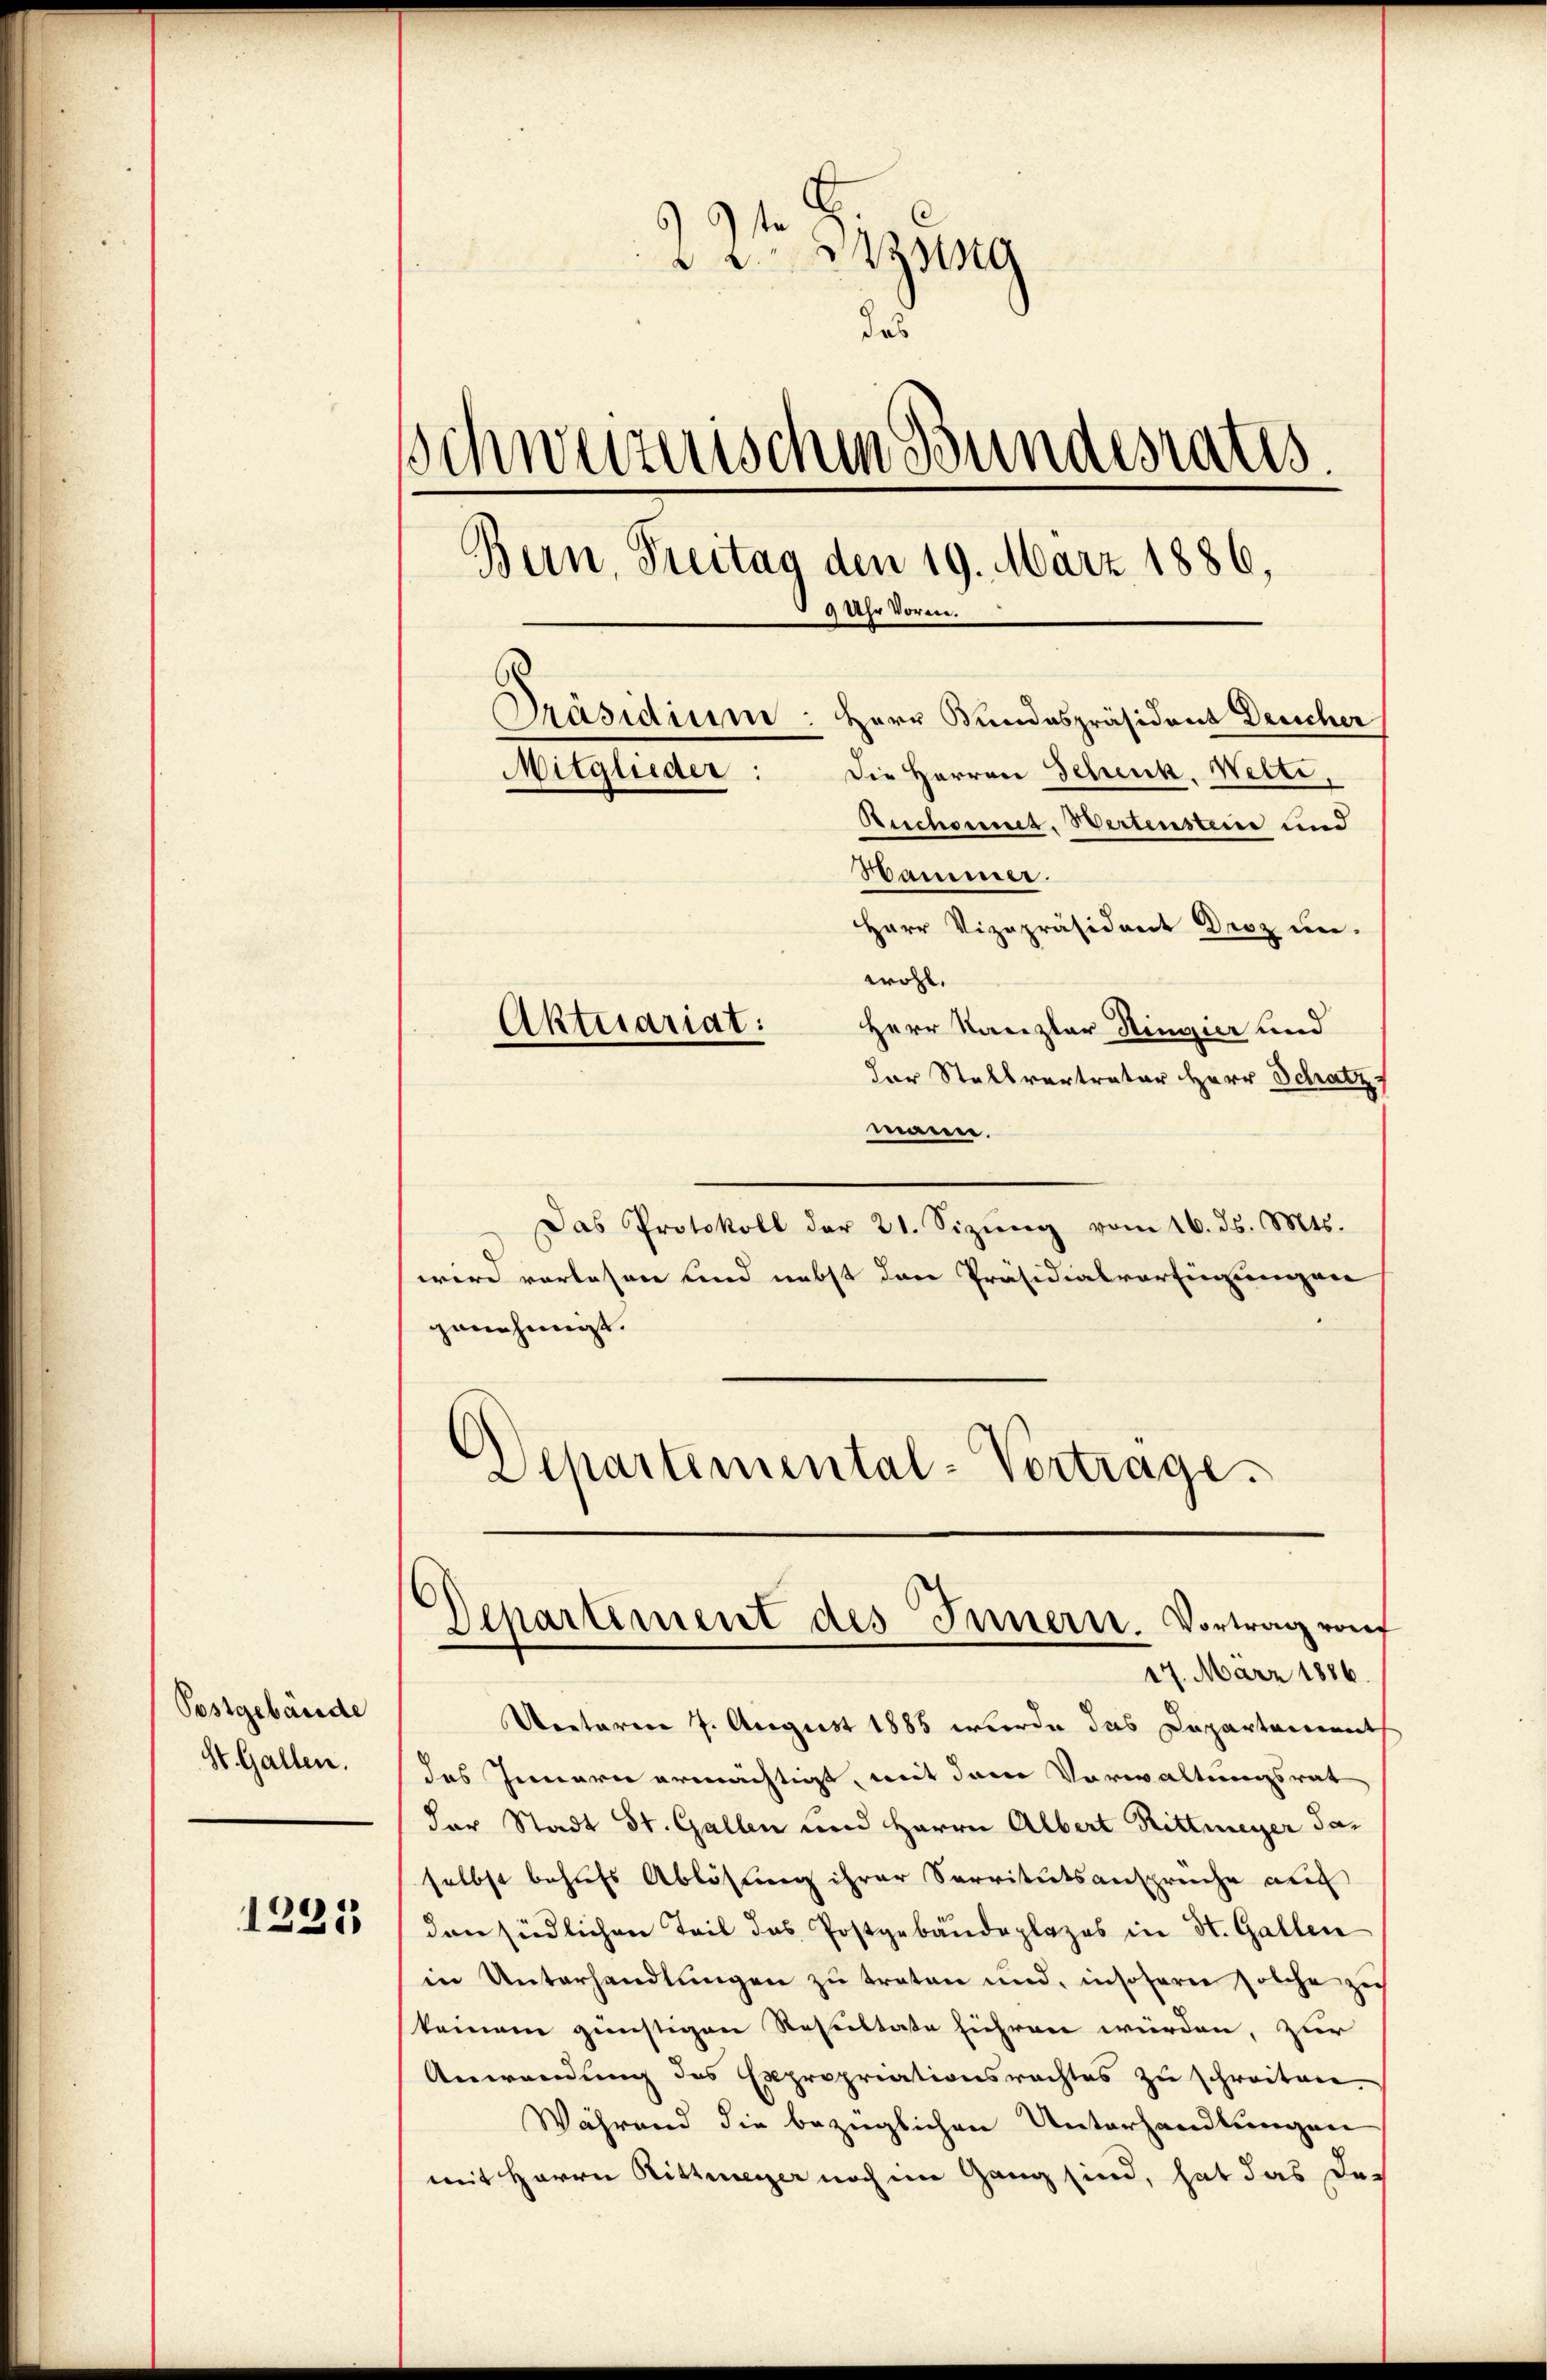
Postgebäude
St. Gallen.

1225

22t Bezug
da
schweizerischen Bundesrates.
Bern, Freitag den 19. März 1886,
9 Uhr Vorm.
Präsidium: Herr Bundespräsident Deucher
Mitglieder:
Die Herren Schenk, Welti,
Ruchonnet, Wertenstein und
Hammer
Herr Vizepräsident Droz un-
wohl.
Aktuariat:
Herr Kanzler Ringier und

der Stellvertrater Herr Schatz
mann.
Das Protokoll der 21. Sizŭng vom 16. ds. Mts.
wird vorlesen und nebst den Präsidialverfügungen
genehmigt.
Departemental-Vortrage.

Departement des Innern. Vortrag von
17. März 1886.

Uentaren 7. August 1883 werde das Departement
das Innern ermächtigt, mit dem Vorwaltungsrat
der Stadt St. Gallen und Herrn Albert Rittmeyer daselbst behufs Ablösung ihrer Servitutsanspreche au
den südlichen Teil das Postgebäudeplazes in St. Gallen
in Unterhandlŭngen zŭ traten und, insofern solche zei
keinem günstigen Resultate führen würden, zur
Anwendung des Expropriationsrechtes zu schreitere.
Während die bezüglichen Unterhandlungen
mit Herrn Rittmeyer noch im Gang sind, hat das der